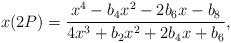
LaTeX: \begin{align*}x(2P) = \frac{x^4 -b_4 x^2 -2b_6 x -b_8}{4x^3 +b_2 x^2 + 2b_4 x+b_6},\end{align*}